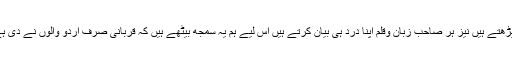
چونکہ ہم مسلمان زیادہ اردو لکھتے اور پڑھتے ہیں نیز ہر صاحب زبان وقلم اپنا درد ہی بیان کرتے ہیں اس لیے ہم یہ سمجھ بیٹھے ہیں کہ قربانی صرف اردو والوں نے دی ہے اور برباد صرف مسلمان ہی ہوئے ہیں۔